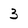
Character: 3